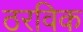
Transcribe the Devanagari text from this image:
ठरविक